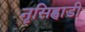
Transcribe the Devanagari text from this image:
नृसिह्वाडी